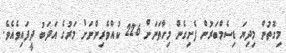
މިގޮތުން މިދިޔަ ޑިސެމްބަރުން ފެށިގެން މިހާތަނަށް 226 ކުއްވެރިންނަށް މަރުގެ އަދަބު ދީފައިވެއެވެ.